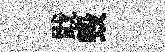
戢毁